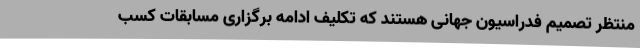
منتظر تصمیم فدراسیون جهانی هستند که تکلیف ادامه برگزاری مسابقات کسب